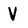
Character: V